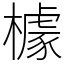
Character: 㯫